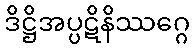
ဒိဋ္ဌိအပ္ပဋိနိဿဂ္ဂေ